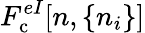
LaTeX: F_{\mathrm{c}}^{eI}[n,\{ n_{i}\} ]